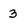
Character: 3